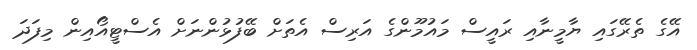
އޭގެ ތެރޭގައި ޔާމީނާއި ރައީސް މައުމޫންގެ އަރިސް އެތަށް ބޭފުޅުންނަށް އެސްޓީއޯއިން މިފަދަ